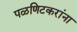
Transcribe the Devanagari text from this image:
पळणिटकरांना